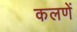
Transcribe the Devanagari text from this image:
कलणें